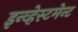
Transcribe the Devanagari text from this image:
इन्व्हेस्टमेन्ट